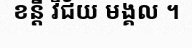
ខន្តី វិជ័យ មង្គល ។